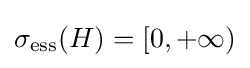
\sigma _{\mathrm {ess} }(H)=[0,+\infty )